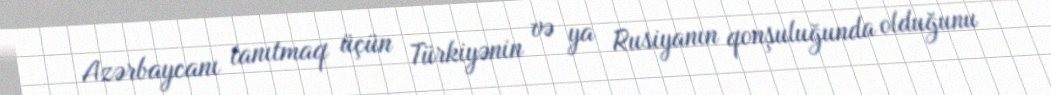
Azərbaycanı tanıtmaq üçün Türkiyənin və ya Rusiyanın qonşuluğunda olduğunu